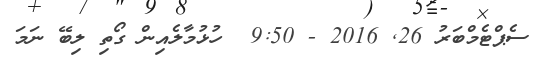
ސެޕްޓެމްބަރު 26